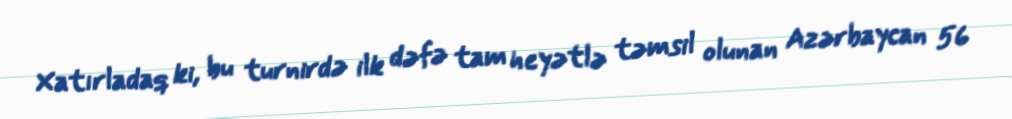
Xatırladaq ki, bu turnirdə ilk dəfə tam heyətlə təmsil olunan Azərbaycan 56